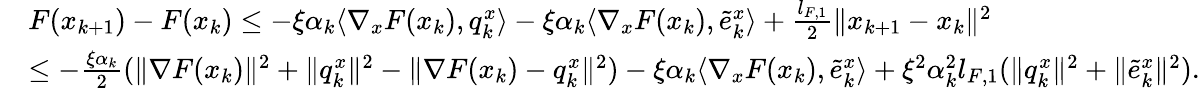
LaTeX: \begin{array}{rl}&{F(x_{k+1})-F(x_{k})\le-\xi\alpha_{k}\langle\nabla_{x}F(x_{k}),q_{k}^{x}\rangle-\xi\alpha_{k}\langle\nabla_{x}F(x_{k}),\tilde{e}_{k}^{x}\rangle+\frac{l_{F,1}}{2}\| x_{k+1}-x_{k}\| ^{2}}\\ &{\le-\frac{\xi\alpha_{k}}{2}(\| \nabla F(x_{k})\| ^{2}+\| q_{k}^{x}\| ^{2}-\| \nabla F(x_{k})-q_{k}^{x}\| ^{2})-\xi\alpha_{k}\langle\nabla_{x}F(x_{k}),\tilde{e}_{k}^{x}\rangle+\xi^{2}\alpha_{k}^{2}l_{F,1}(\| q_{k}^{x}\| ^{2}+\| \tilde{e}_{k}^{x}\| ^{2}).}\end{array}